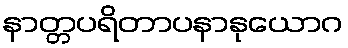
နာတ္တပရိတာပနာနုယောဂ